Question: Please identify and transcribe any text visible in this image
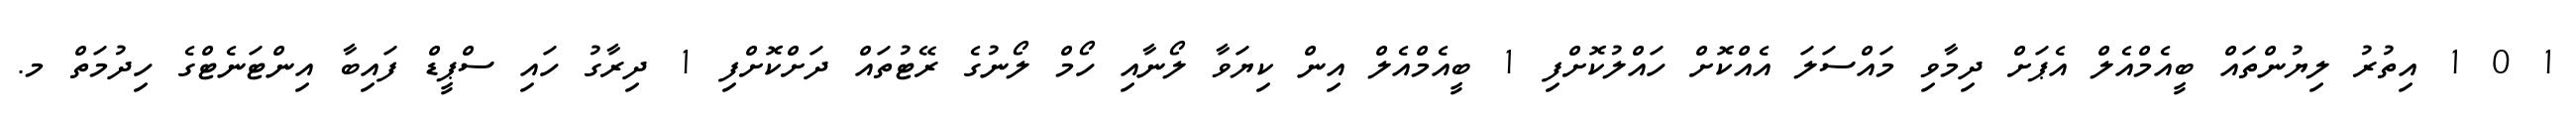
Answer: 1 0 1 އިތުރު ލިޔުންތައް ބީއެމްއެލް އެޕަށް ދިމާވި މައްސަލަ އެއްކޮށް ހައްލުކޮށްފި 1 ބީއެމްއެލް އިން ކިޔަވާ ލޯނާއި ހޯމް ލޯނުގެ ރޭޓުތައް ދަށްކޮށްފި 1 ދިރާގު ހައި ސްޕީޑް ފައިބާ އިންޓަނެޓްގެ ހިދުމަތް މ.